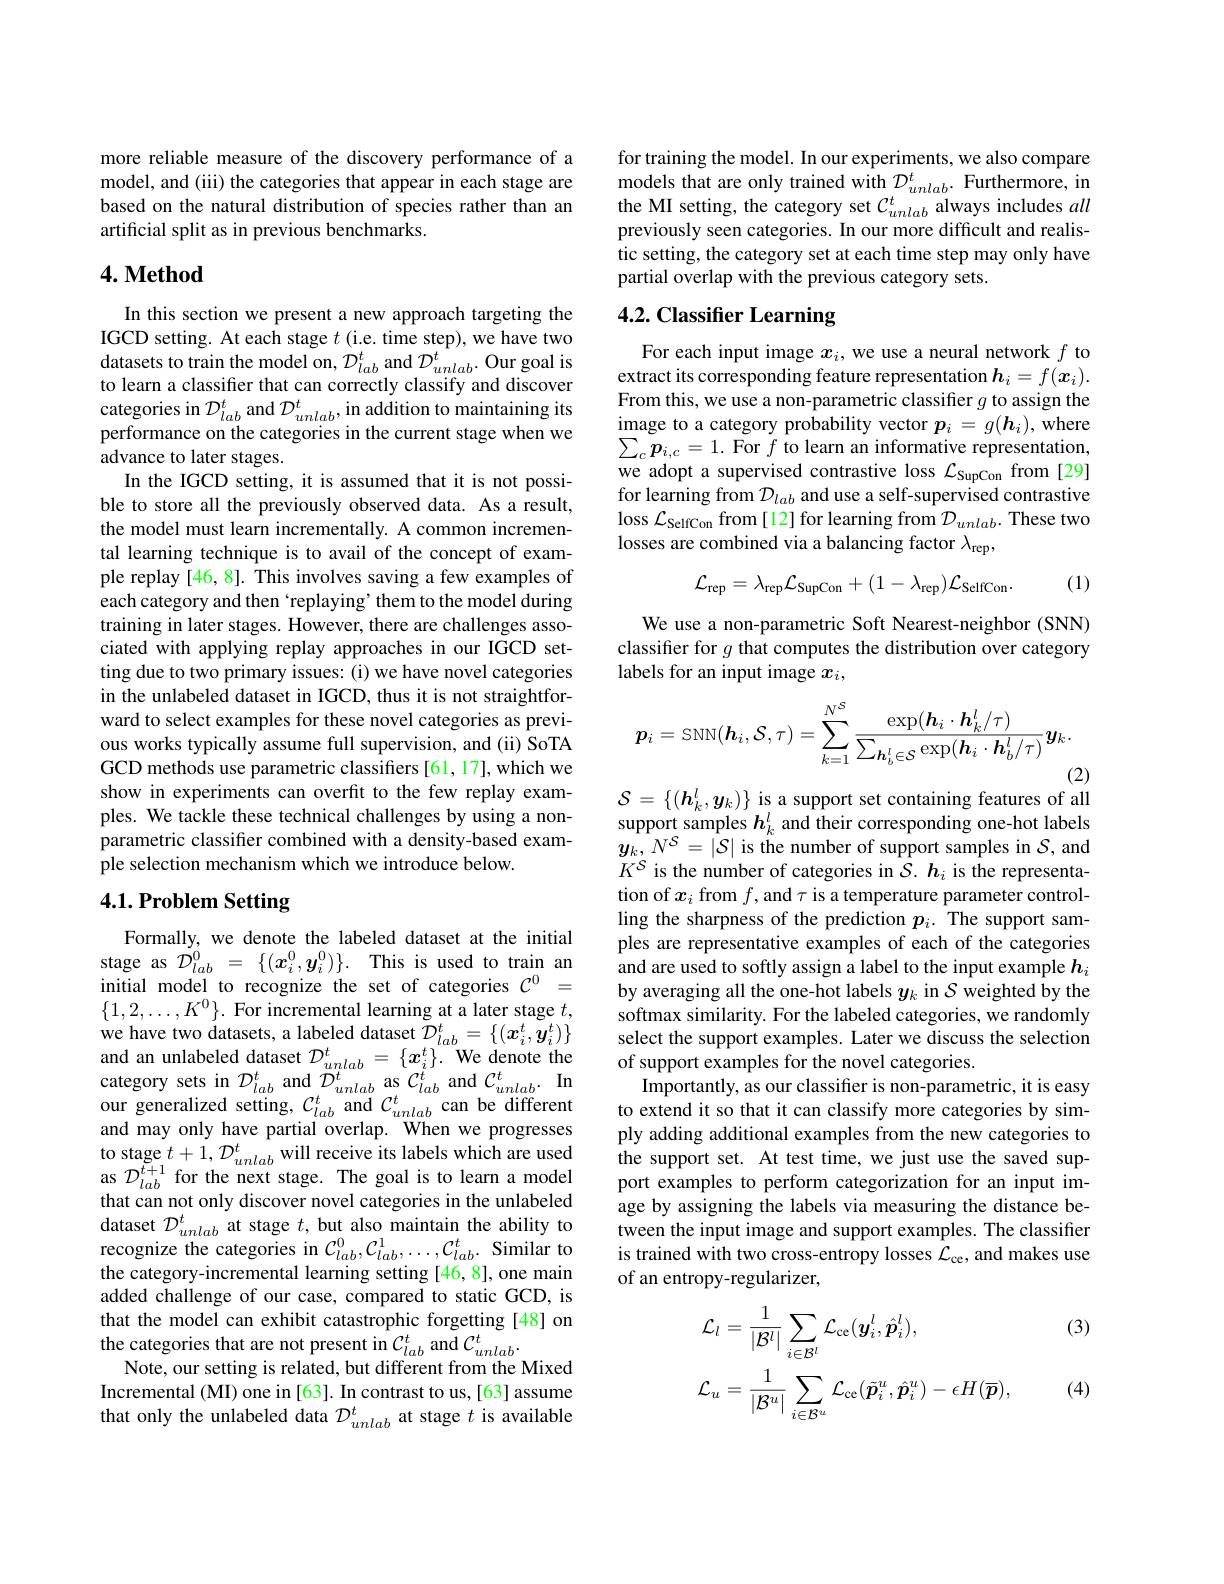
more reliable measure of the discovery performance of a model, and (iii) the categories that appear in each stage are based on the natural distribution of species rather than an artificial split as in previous benchmarks.

## $4. \textbf{Method}$

In this section we present a new approach targeting the IGCD setting. At each stage $t$ (i.e. time step), we have two datasets to train the model on, $\mathcal{D}_lab^t$ and $\mathcal{D}_unlab^t.$ Our goal is to learn a classifier that can correctly classify and discover categories in $\mathcal{D}_{lab}^{t}$ and $\mathcal{D}_unlab^{t}$, in addition to maintaining its performance on the categories in the current stage when we advance to later stages.
In the IGCD setting, it is assumed that it is not possible to store all the previously observed data. As a result, the model must learn incrementally. A common incremental learning technique is to avail of the concept of example replay [46,8]. This involves saving a few examples of each category and then `replaying' them to the model during training in later stages. However, there are challenges associated with applying replay approaches in our IGCD setting due to two primary issues: (i) we have novel categories in the unlabeled dataset in IGCD, thus it is not straightforward to select examples for these novel categories as previous works typically assume full supervision, and (ii) SoTA GCD methods use parametric classifiers [61,17], which we show in experiments can overfit to the few replay examples. We tackle these technical challenges by using a nonparametric classifer combined with a density-based example selection mechanism which we introduce below.

# 4.1. Problem Setting

Formally, we denote the labeled dataset at the initial stage as $\dot{\mathcal{D}}_{lab}^0={\{(x_i^0,y_i^0)\}.}$ This is used to train an initial model to recognize the set of categories $\mathcal{C}^0=$ $\{1,2,\ldots,K^0\}.$ For incremental learning at a later stage $t$, we have two datasets, a labeled dataset $\tilde{D}_lab^t=\{(x_i^t,\tilde{y}_i^t)\}$ and an unlabeled dataset $\mathcal{D}_{unlab}^t=\{\boldsymbol{x}_i^t\}.$ We denote the category sets in $\mathcal{D}_lab^{t}$ and $\mathcal{D}_unlab^{t}$ as $\mathcal{C}_lab^{t}$ and $\mathcal{C} _{unlab}^{t}. \textbf{In}$ our generalized setting, $C_{lab}^{t}$ and $C_{unlab}^{t}$ can be different and may only have partial overlap. When we progresses $\begin{array}{l}\mathrm{to~stage~}t+1,\mathcal{D}_{unlab}^{t}\mathrm{~will~receive~its~labels~which~are~used}\\\mathrm{as~}\mathcal{D}_{lab}^{t+1}\mathrm{~for~the~next~stage.~The~goal~is~to~learn~a~model}\end{array}$ that can not only discover novel categories in the unlabeled dataset $\mathcal{D}_unlab$ at stage $t$, but also maintain the ability to recognize the categories in $C_{lab}^0,\mathcal{C}_{lab}^1,\ldots,\mathcal{C}_{lab}^t.$ Similar to the category-incremental learning setting [46,8], one main added challenge of our case, compared to static GCD, is that the model can exhibit catastrophic forgetting [48] on the categories that are not present in $C_lab^t$ and $C_unlab^t.$
Note, our setting is related, but different from the Mixed Incremental (MI) one in [63]. In contrast to us, [63] assume that only the unlabeled data $\mathcal{D}_unlab^t$ at stage $t$ is available

for training the model. In our experiments, we also compare models that are only trained with $D_{unlab}^{t}.$ Furthermore, in the MI setting, the category set $C_unlab^t$ always includes all previously seen categories. In our more difficult and realistic setting, the category set at each time step may only have partial overlap with the previous category sets.

## 4.2. Classifier Learning

For each input image $x_i$, we use a neural network $f$ to extract its corresponding feature representation $\boldsymbol h_i=f(\boldsymbol{x}_i).$ From this, we use a non-parametric classifier $g$ to assign the $\operatorname*_{\sum_{n=1}^{\infty}\frac{\text{image to a category probability vector }}\boldsymbol{p}_{i}=g(\boldsymbol{h}_{i}),\mathrm{~where}}$ $\sum_{c}\boldsymbol{p}_{i,c}=1.$ For $f$ to learn an informative representation, we adopt a supervised contrastive loss $\mathcal{L}_\mathrm{SupCon}$ from [29] for learning from $\mathcal{D}_lab$ and use a self-supervised contrastive loss $\mathcal{L}_\text{SelfCon}$ from [12] for learning from $\mathcal{D}_unlab.$ These two losses are combined via a balancing factor $\lambda_\mathrm{rep}$,

(1)
$$\mathcal{L}_{\mathrm{rep}}=\lambda_{\mathrm{rep}}\mathcal{L}_{\mathrm{SupCon}}+(1-\lambda_{\mathrm{rep}})\mathcal{L}_{\mathrm{SelfCon}}.$$
We use a non-parametric Soft Nearest-neighbor (SNN) classifer for $g$ that computes the distribution over category labels for an input image $x_i$,
$$\boldsymbol{p}_i=\mathrm{SNN}(\boldsymbol{h}_i,\mathcal{S},\tau)=\sum_{k=1}^{N^S}\frac{\exp(\boldsymbol{h}_i\cdot\boldsymbol{h}_k^l/\tau)}{\sum_{\boldsymbol{h}_b^l\in\mathcal{S}}\exp(\boldsymbol{h}_i\cdot\boldsymbol{h}_b^l/\tau)}\boldsymbol{y}_k.$$
(2)
$\mathcal{S}=\{(\boldsymbol{h}_k^l,\boldsymbol{y}_k)\}$ is a support set containing features of all

support samples $h_k^l$ and their corresponding one-hot labels $\boldsymbol{y}_k,N^{\mathcal S}=|\mathcal{S}|$ is the number of support samples in $\mathcal{S}$, and $K^{S}$ is the number of categories in $\mathcal{S}.\boldsymbol{h}_i$ is the representation of $x_i$ from $f$,and $\tau$ is a temperature parameter controlling the sharpness of the prediction $p_i.$ The support samples are representative examples of each of the categories and are used to softly assign a label to the input example $h_i$ by averaging all the one-hot labels $y_k$ in $\mathcal{S}$ weighted by the softmax similarity. For the labeled categories, we randomly select the support examples. Later we discuss the selection of support examples for the novel categories.
Importantly, as our classifier is non-parametric, it is easy to extend it so that it can classify more categories by simply adding additional examples from the new categories to the support set. At test time, we just use the saved support examples to perform categorization for an input image by assigning the labels via measuring the distance between the input image and support examples. The classifier is trained with two cross-entropy losses $\mathcal{L}_\mathrm{ce}$, and makes use of an entropy-regularizer,

(3)
$$\begin{aligned}&\mathcal{L}_{l}=\frac{1}{|\mathcal{B}^{l}|}\sum_{i\in\mathcal{B}^{l}}\mathcal{L}_{\mathrm{ce}}(\boldsymbol{y}_{i}^{l},\hat{\boldsymbol{p}}_{i}^{l}),\\&\mathcal{L}_{u}=\frac{1}{|\mathcal{B}^{u}|}\sum_{i\in\mathcal{B}^{u}}\mathcal{L}_{\mathrm{ce}}(\tilde{\boldsymbol{p}}_{i}^{u},\hat{\boldsymbol{p}}_{i}^{u})-\epsilon H(\overline{\boldsymbol{p}}),\end{aligned}$$
(4)